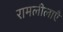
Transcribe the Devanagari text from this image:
रामलीलाएँ